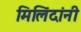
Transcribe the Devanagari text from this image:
मिलिंदांनी